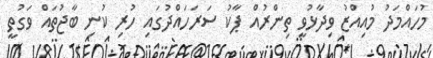
މުހައްމަދު މުއިއްޒު ވިދާޅުވީ ތިންރުއް ޕާކު ސަރަހައްދުގައި ހުރި ކުނި ބާޖުތައް ވަގުތީ